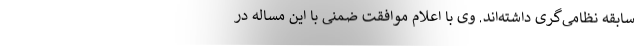
سابقه نظامی‌گری داشته‌اند. وی با اعلام موافقت ضمنی با این مساله در